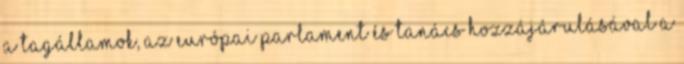
a tagállamok, az Európai Parlament és Tanács hozzájárulásával a